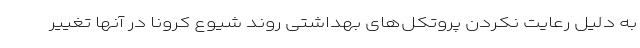
به دلیل رعایت نکردن پروتکل‌های بهداشتی روند شیوع کرونا در آنها تغییر